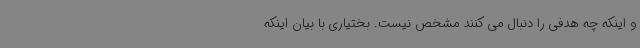
و اینکه چه هدفی را دنبال می کنند مشخص نیست. بختیاری با بیان اینکه